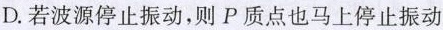
D.若波源停止振动，则P质点也马上停止振动